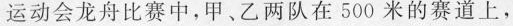
运动会龙舟比赛中，甲、乙两队在500米的赛道上，